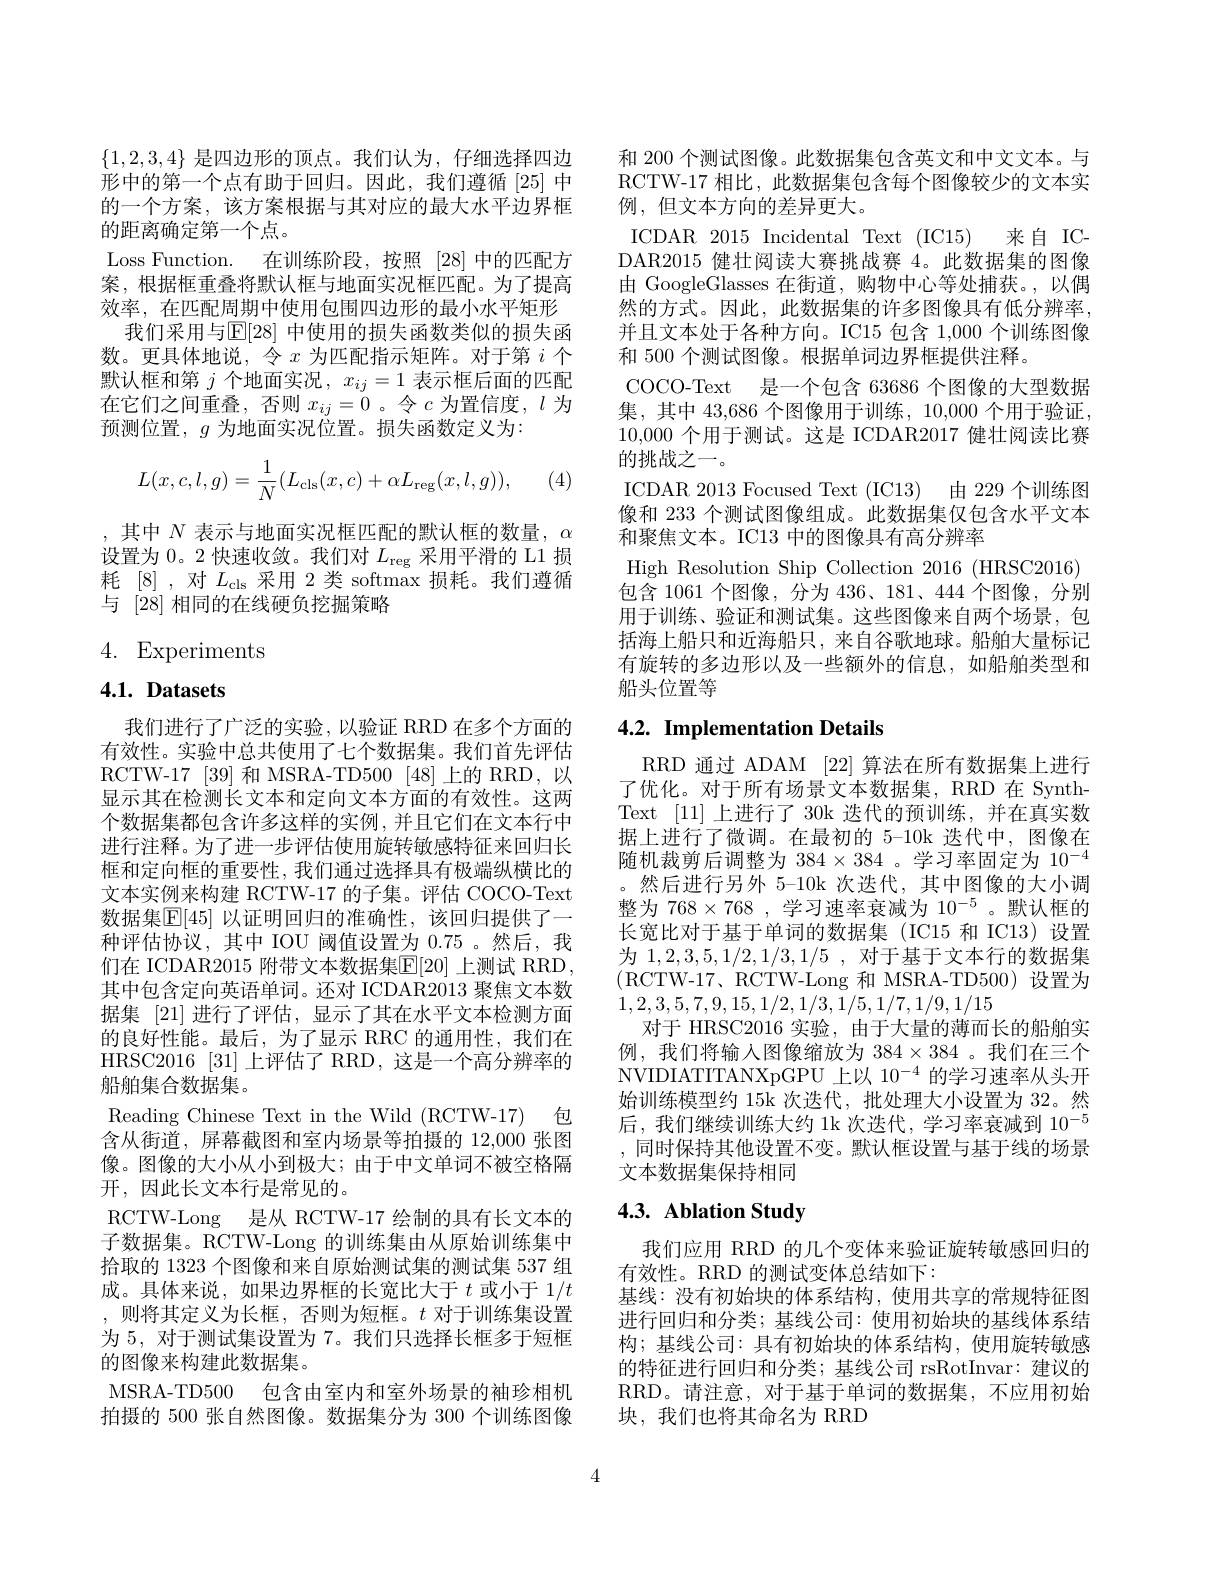
$\{1,2,3,4\}$是四边形的顶点。我们认为，仔细选择四边形中的第一个点有助于回归。因此，我们遵循 [25] 中的一个方案，该方案根据与其对应的最大水平边界框的距离确定第一个点。
Loss Function. 在训练阶段，按照 [28]中的匹配方案，根据框重叠将默认框与地面实况框匹配。为了提高效率，在匹配周期中使用包围四边形的最小水平矩形
我们采用与$\mathbb{E}[28]$ 中使用的损失函数类似的损失函数。更具体地说，令$x$为匹配指示矩阵。对于第$i$个默认框和第$j$个地面实况，$x_ij=1$表示框后面的匹配在它们之间重叠，否则$x_ij=0$ 。令$c$为置信度，$l$为预测位置，$g$为地面实况位置。损失函数定义为：
$$L(x,c,l,g)=\frac{1}{N}(L_{\mathrm{cls}}(x,c)+\alpha L_{\mathrm{reg}}(x,l,g)),$$
(4)

,其中$N$ 表示与地面实况框匹配的默认框的数量$,\alpha$ 设置为0。2 快速收敛。我们对$L_\mathrm{reg}$采用平滑的 L1 损耗[8] ,对$L_\mathrm{cls}$采用 2 类 softmax 损耗。我们遵循与[28]相同的在线硬负挖掘策略

4. Experiments

# 4.1. Datasets

我们进行了广泛的实验，以验证 RRD 在多个方面的有效性。实验中总共使用了七个数据集。我们首先评估RCTW-17 [ 39] 和 MSRA-TD500 [ 48] 上 的 RRD, 以 显示其在检测长文本和定向文本方面的有效性。这两个数据集都包含许多这样的实例，并且它们在文本行中进行注释。为了进一步评估使用旋转敏感特征来回归长框和定向框的重要性，我们通过选择具有极端纵横比的文本实例来构建 RCTW-17 的子集。评估 COCO-Text 数据集$\boxed{\mathbb{E}}[45]$ 以证明回归的准确性，该回归提供了一种评估协议，其中 IOU 阈值设置为0.75 。然后，我们在 ICDAR2015 附带文本数据集$\mathbb{E}[20]$ 上测试 RRD, 其中包含定向英语单词。还对 ICDAR2013 聚焦文本数据集 [21] 进行了评估，显示了其在水平文本检测方面的良好性能。最后，为了显示 RRC 的通用性，我们在HRSC2016 [31] 上评估了 RRD, 这是一个高分辨率的船舶集合数据集。
Reading Chinese Text in the Wild (RCTW-17) 包含从街道，屏幕截图和室内场景等拍摄的 12,000 张图像。图像的大小从小到极大；由于中文单词不被空格隔开，因此长文本行是常见的。
RCTW-Long 是从 RCTW-17 绘制的具有长文本的子数据集。RCTW-Long 的训练集由从原始训练集中拾取的 1323 个图像和来自原始测试集的测试集 537 组成。具体来说，如果边界框的长宽比大于$t$或小于 1/$t$ ,则将其定义为长框，否则为短框。$t$对于训练集设置为 5, 对于测试集设置为 7。我们只选择长框多于短框的图像来构建此数据集。
MSRA-TD500 包含由室内和室外场景的袖珍相机拍摄的 500 张自然图像。数据集分为 300 个训练图像

和 200 个测试图像。此数据集包含英文和中文文本。与RCTW-17 相比，此数据集包含每个图像较少的文本实例，但文本方向的差异更大。
ICDAR 2015 Incidental Text (IC15) 来自 ICDAR2015 健壮阅读大赛挑战赛 4。此数据集的图像由 GoogleGlasses 在街道，购物中心等处捕获。,以偶然的方式。因此，此数据集的许多图像具有低分辨率， 并且文本处于各种方向。IC15 包含1，000个训练图像和 500 个测试图像。根据单词边界框提供注释。
COCO-Text 是一个包含 63686 个图像的大型数据集，其中 43,686 个图像用于训练，10,000 个用于验证， 10,000个用于测试。这是 ICDAR2017 健壮阅读比赛的挑战之一。
ICDAR 2013 Focused Text (IC13) 由 229 个训练图像和 233 个测试图像组成。此数据集仅包含水平文本和聚焦文本。IC13 中的图像具有高分辨率
High Resolution Ship Collection 2016 (HRSC2016) 包含 1061 个图像，分为 436、181、444 个图像，分别用于训练、验证和测试集。这些图像来自两个场景，包括海上船只和近海船只，来自谷歌地球。船舶大量标记有旋转的多边形以及一些额外的信息，如船舶类型和船头位置等

# 4.2. Implementation Details

RRD 通过 ADAM [22]算法在所有数据集上进行了优化。对于所有场景文本数据集，RRD 在 SynthText [11]上进行了 30k 迭代的预训练，并在真实数据上进行了微调。在最初的 5-10k 迭代中，图像在随机裁剪后调整为$384\times384$ 。学习率固定为$10^-4$ 。然后进行另外 5-10k 次迭代，其中图像的大小调整为$768\times768$ ,学习速率衰减为$10^-5$。默认框的长宽比对于基于单词的数据集(IC15 和 IC13) 设置为1，2,3,5,1/2,1/3,1/5,对于基于文本行的数据集(RCTW-17、RCTW-Long 和 MSRA-TD500)设置为1,2,3,5,7,9,15,1/2,1/3,1/5,1/7,1/9,1/15
对于 HRSC2016 实验，由于大量的薄而长的船舶实例，我们将输入图像缩放为$384\times384$ 。我们在三个NVIDIATITANXpGPU 上以$10^{-4}$的学习速率从头开始训练模型约 15k 次迭代，批处理大小设置为 32。然后，我们继续训练大约 1k 次迭代，学习率衰减到$10^{-5}$ ,同时保持其他设置不变。默认框设置与基于线的场景文本数据集保持相同

# 4.3. Ablation Study

我们应用 RRD 的几个变体来验证旋转敏感回归的
有效性。RRD 的测试变体总结如下：
基线：没有初始块的体系结构，使用共享的常规特征图进行回归和分类；基线公司：使用初始块的基线体系结构；基线公司：具有初始块的体系结构，使用旋转敏感的特征进行回归和分类；基线公司 rsRotInvar: 建议的RRD。请注意，对于基于单词的数据集，不应用初始块，我们也将其命名为 RRD

4